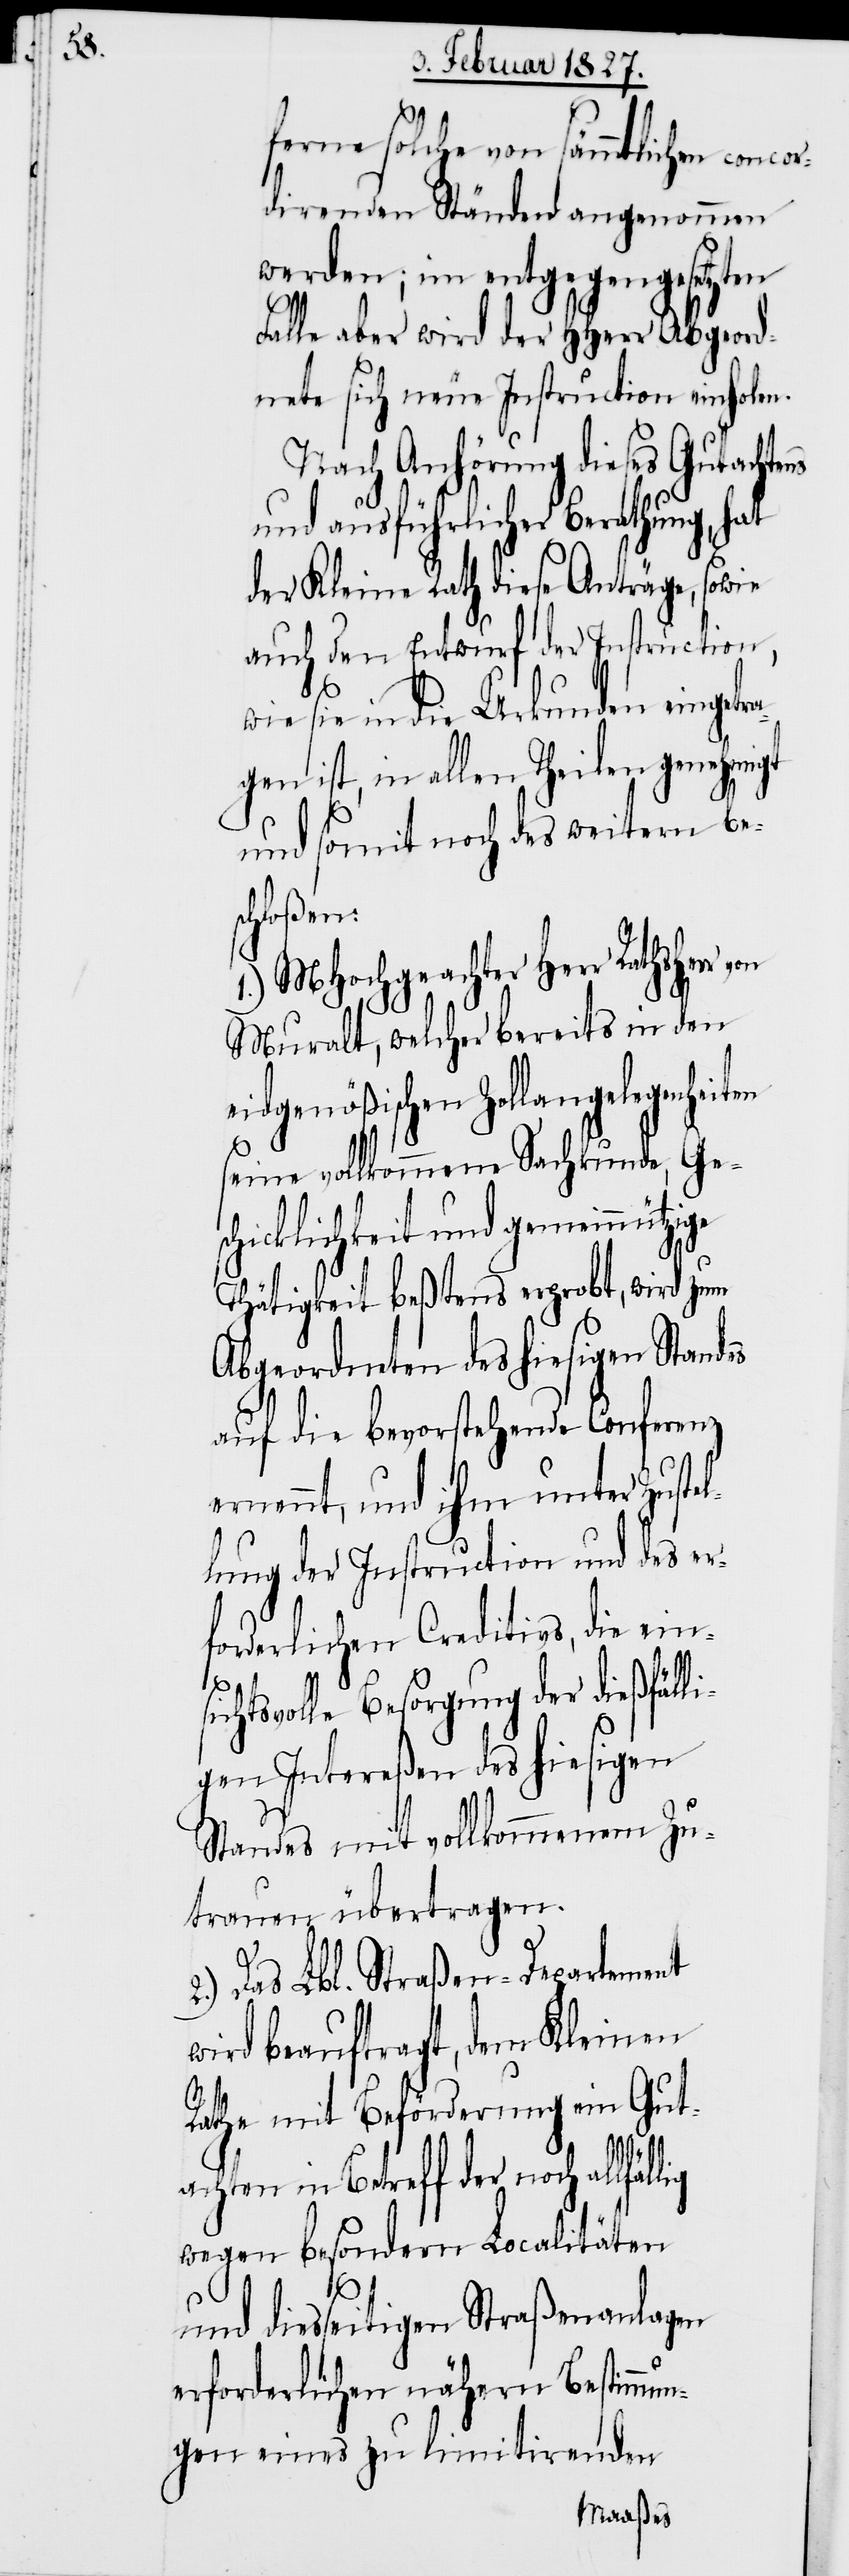
ferne solche von sämmtlichen con¬
direnden Ständen angenommen
werden; im entgegengesetzten
Falle aber wird der HHerr Abgeord¬
nete sich neue Instruction einholen.
Nach Anhörung dieses Gutachtens
und ausführlicher Berathung, hat
der Kleine Rath diese Anträge, sowie
auch den Entwurf der Instruction,
wie sie in die Urkunden eingetr¬
agen ist, in allen Theilen genehmigt
und somit noch des weitern be¬
schloßen:
1.) MHochgeachter Herr Rathsherr
Muralt, welcher bereits in den
eidgenößischen Zollangelegenheiten
seine vollkommene Sachkunde, Ges¬
chicklichkeit und gemeinnützige
Thätigkeit beßtens erprobt, wird zum
Abgeordneten des hiesigen Standes
auf die bevorstehende Conferenz
ernennt, und ihm unter Zustel¬
lung der Instruction und des er¬
forderlichen Creditivs, die einsi¬
chtsvolle Besorgung der dießfäll¬
igen Intereßen des hiesigen
Standes mit vollkommenem Zu¬
trauen übertragen.
2.) Das Lbl. Straßen-Departement
wird beauftragt, dem Kleinen
Rathe mit Beförderung ein Gut¬
achten in Betreff der noch allfäl¬
wegen besondern Localitäten
lig
und diesseitigen Straßenanlagen
erforderlichen nähern Bestimmun¬
gen eines zu limitirenden